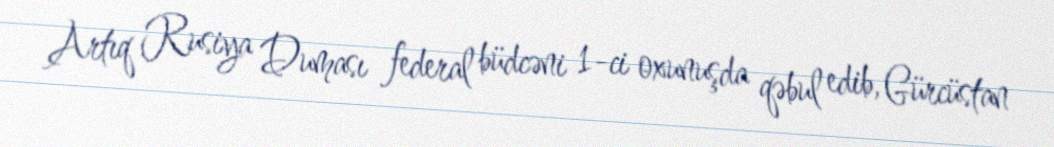
Artıq Rusiya Duması federal büdcəni 1-ci oxunuşda qəbul edib, Gürcüstan